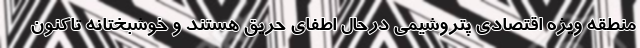
منطقه ویژه اقتصادی پتروشیمی در‌حال اطفای حریق هستند و خوشبختانه تاکنون